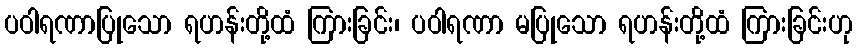
ပဝါရဏာပြုသော ရဟန်းတို့ထံ ကြားခြင်း၊ ပဝါရဏာ မပြုသော ရဟန်းတို့ထံ ကြားခြင်းဟု